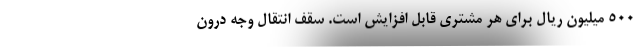
500 میلیون ریال برای هر مشتری قابل افزایش است. سقف انتقال وجه درون